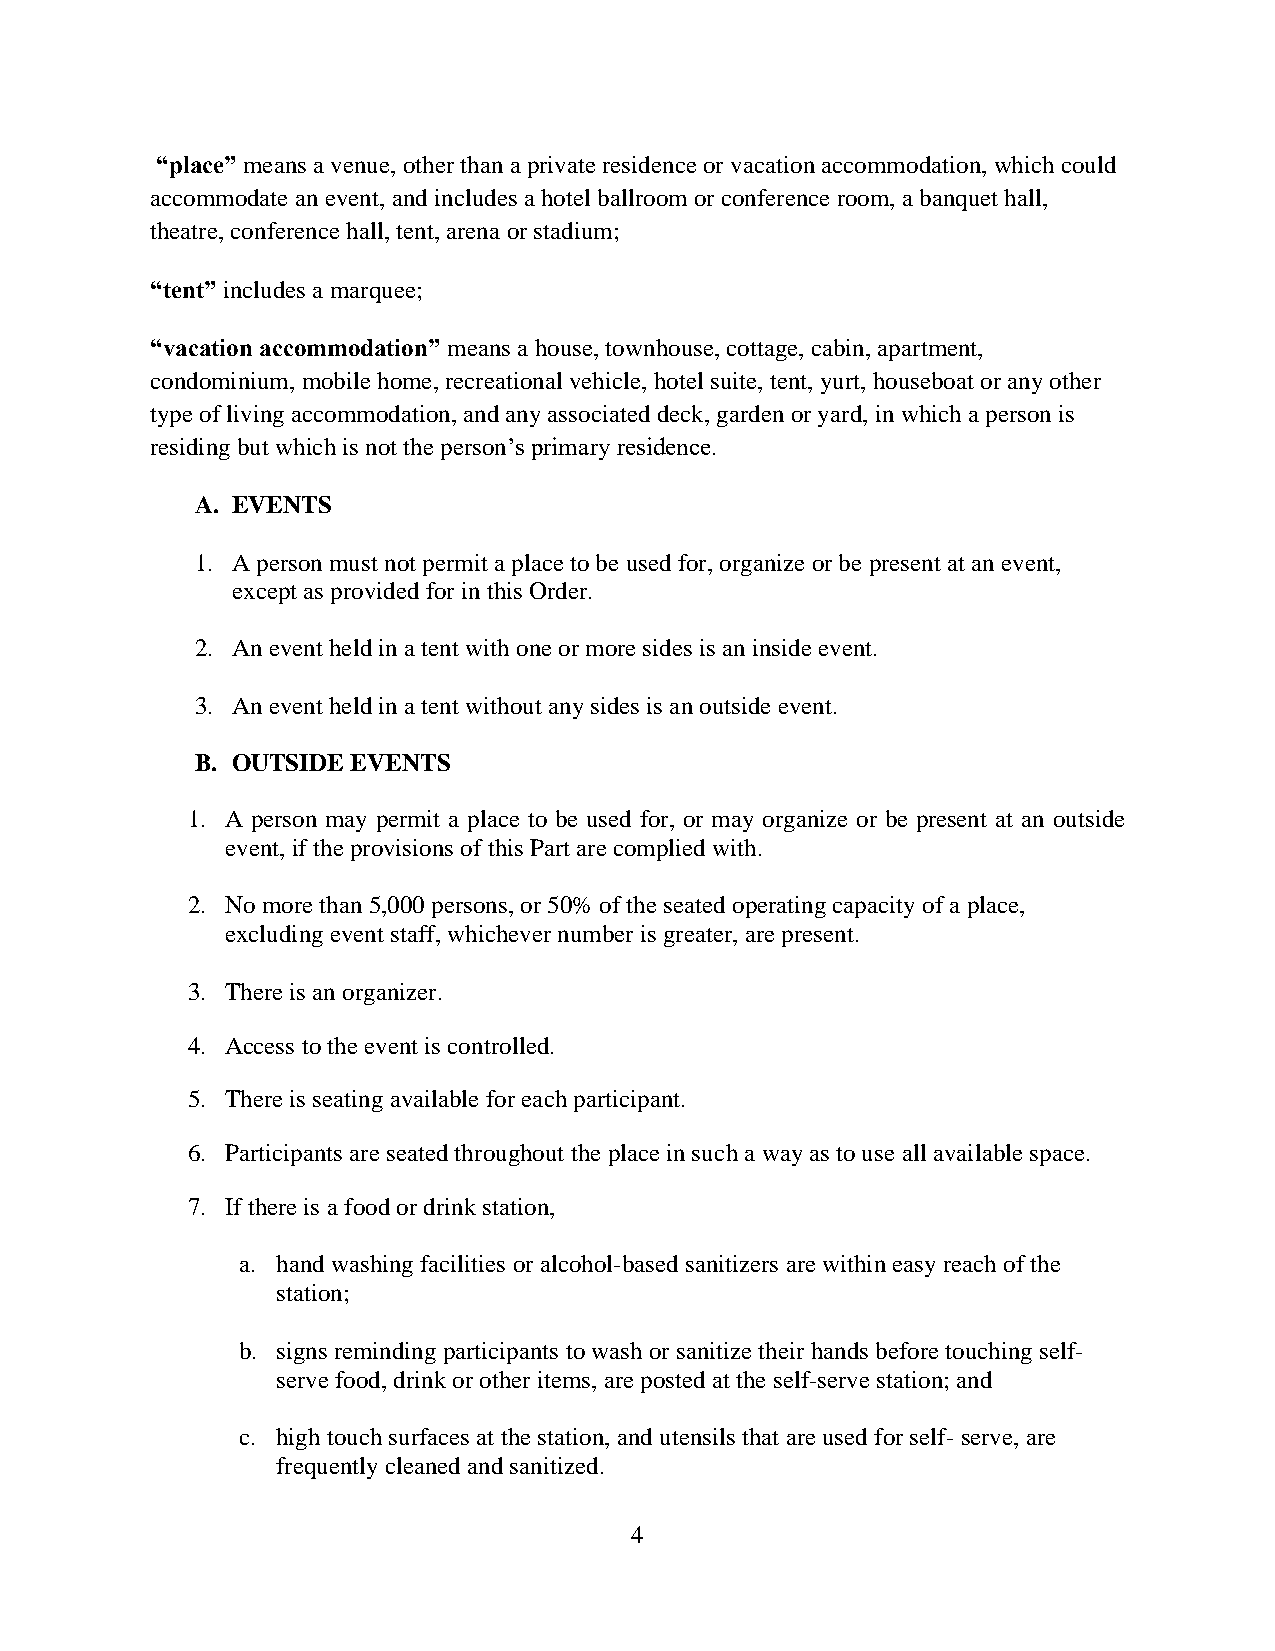
“place” means a venue, other than a private residence or vacation accommodation, which could
 accommodate an event, and includes a hotel ballroom or conference room, a banquet hall,
 theatre, conference hall, tent, arena or stadium;
 “tent” includes a marquee;
 “vacation accommodation” means a house, townhouse, cottage, cabin, apartment,
 condominium, mobile home, recreational vehicle, hotel suite, tent, yurt, houseboat or any other
 type of living accommodation, and any associated deck, garden or yard, in which a person is
 residing but which is not the person’s primary residence.
 A. EVENTS
 1. A person must not permit a place to be used for, organize or be present at an event,
 except as provided for in this Order.
 2. An event held in a tent with one or more sides is an inside event.
 3. An event held in a tent without any sides is an outside event.
 B. OUTSIDE EVENTS
 1. A person may permit a place to be used for, or may organize or be present at an outside
 event, if the provisions of this Part are complied with.
 2. No more than 5,000 persons, or 50% of the seated operating capacity of a place,
 excluding event staff, whichever number is greater, are present.
 3. There is an organizer.
 4. Access to the event is controlled.
 5. There is seating available for each participant.
 6. Participants are seated throughout the place in such a way as to use all available space.
 7. If there is a food or drink station,
 a. hand washing facilities or alcohol-based sanitizers are within easy reach of the
 station;
 b. signs reminding participants to wash or sanitize their hands before touching self-
 serve food, drink or other items, are posted at the self-serve station; and
 c. high touch surfaces at the station, and utensils that are used for self- serve, are
 frequently cleaned and sanitized.
 4